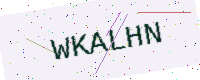
Text: WKALHN